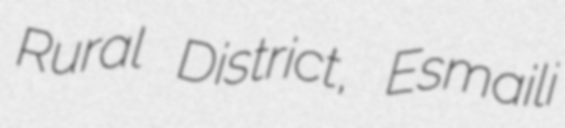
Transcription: Rural District, Esmaili